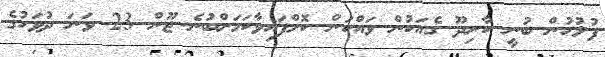
ފުލުހުން ބުނީ ކާށިދޫ ގެއަކުން ވައްކަން ކޮށްފައިވާކަމަށްބުނެ ޖޫން 23 ވަނަ ދުވަހުގެ